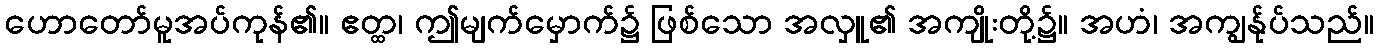
ဟောတော်မူအပ်ကုန်၏။ ဧတ္ထ၊ ဤမျက်မှောက်၌ ဖြစ်သော အလှူ၏ အကျိုးတို့၌။ အဟံ၊ အကျွန်ုပ်သည်။